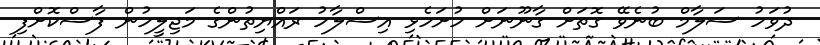
ދުވަހު ސަލާމް ބުނެވޭ ގޮތަށް ގާނޫނަށް ހުށަހެޅި އިސްލާހު ރައްޔިތުންގެ މަޖިލީހުން ފާސްކޮށްފި